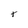
Character: k